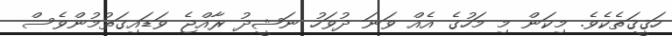
ހަޤީޤަތެކެވެ. މިކަން މި މަހުގެ އެއް ވަނަ ދުވަހު ނަޝީދު ރާއްޖެ ވަޑައިގަތުމުންވެސް